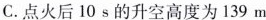
C.点火后10s的升空高度为139m